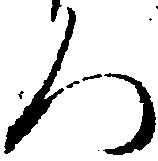
ろ